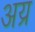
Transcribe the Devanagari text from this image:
अय्र